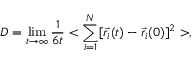
D = \operatorname* { l i m } _ { t \to \infty } \frac { 1 } { 6 t } < \sum _ { i = 1 } ^ { N } [ \vec { r _ { i } } ( t ) - \vec { r _ { i } } ( 0 ) ] ^ { 2 } > ,